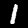
Digit: 1